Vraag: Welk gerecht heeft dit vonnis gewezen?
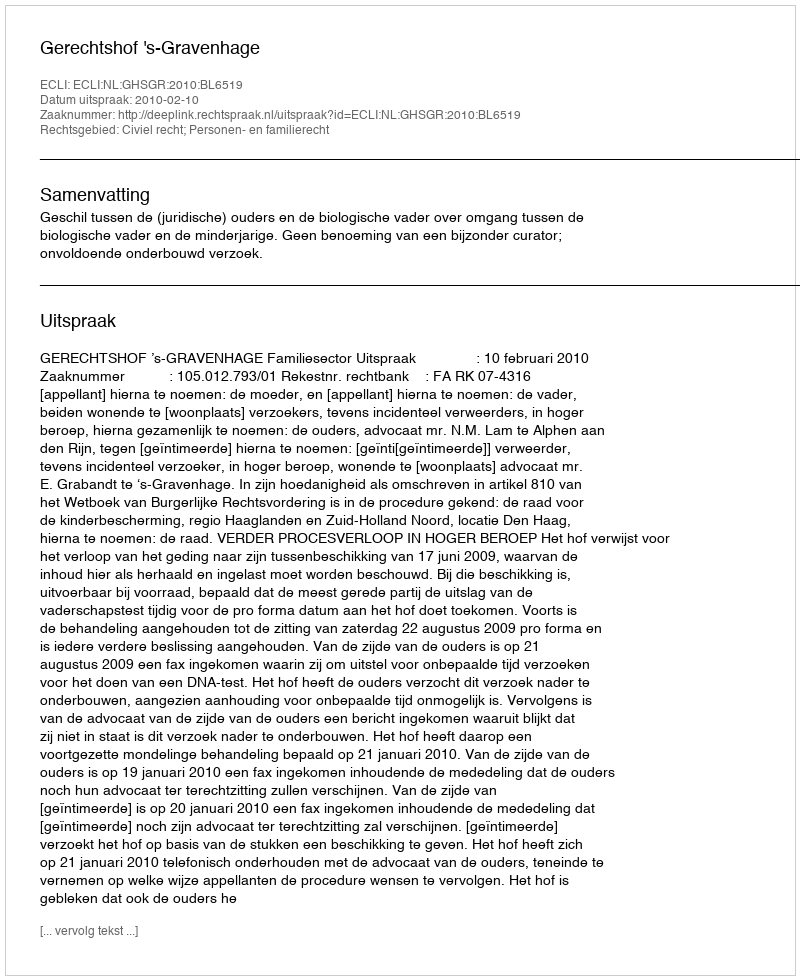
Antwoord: Gerechtshof 's-Gravenhage